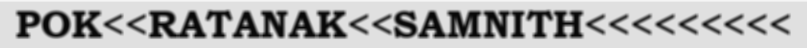
POK<<RATANAK<<SAMNITH<<<<<<<<<